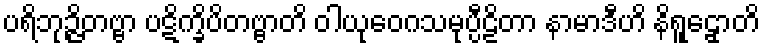
ပရိဘုဉ္ဇိတဗ္ဗာ ပဋိက္ခိပိတဗ္ဗာတိ ဝါယုဝေဂသမုပ္ပီဠိတာ နာမာဒီဟိ နိရူဠှောတိ